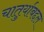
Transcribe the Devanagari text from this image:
चातुर्याबद्दल